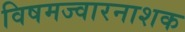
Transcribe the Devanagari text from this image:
विषमज्वारनाशक